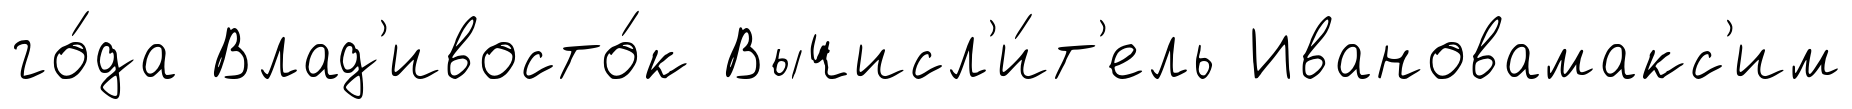
го́да Влад'ивосто́к Вычисл'и́т'ель Ивановамакс'им